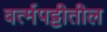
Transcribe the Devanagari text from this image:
वर्त्मपट्टीतील